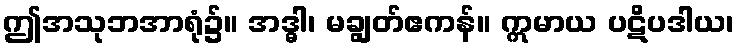
ဤအသုဘအာရုံ၌။ အဒ္ဓါ၊ မချွတ်ဧကန်။ ဣမာယ ပဋိပဒါယ၊